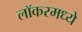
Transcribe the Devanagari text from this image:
लॉकरमध्ये